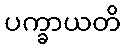
ပက္ခာယတိ